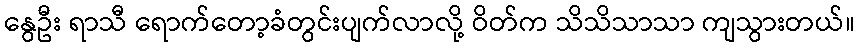
နွေဦး ရာသီ ရောက်တော့ခံတွင်းပျက်လာလို့ ဝိတ်က သိသိသာသာ ကျသွားတယ်။